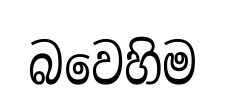
බවෙහිම